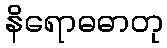
နိရောဓဓာတု